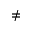
\neq